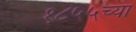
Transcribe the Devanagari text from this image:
१८५५च्या